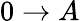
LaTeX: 0\to A